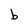
Character: b